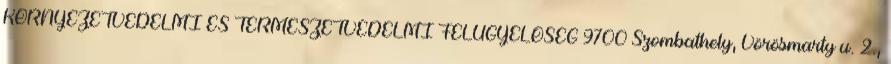
KÖRNYEZETVÉDELMI ÉS TERMÉSZETVÉDELMI FELÜGYELŐSÉG 9700 Szombathely, Vörösmarty u. 2.,